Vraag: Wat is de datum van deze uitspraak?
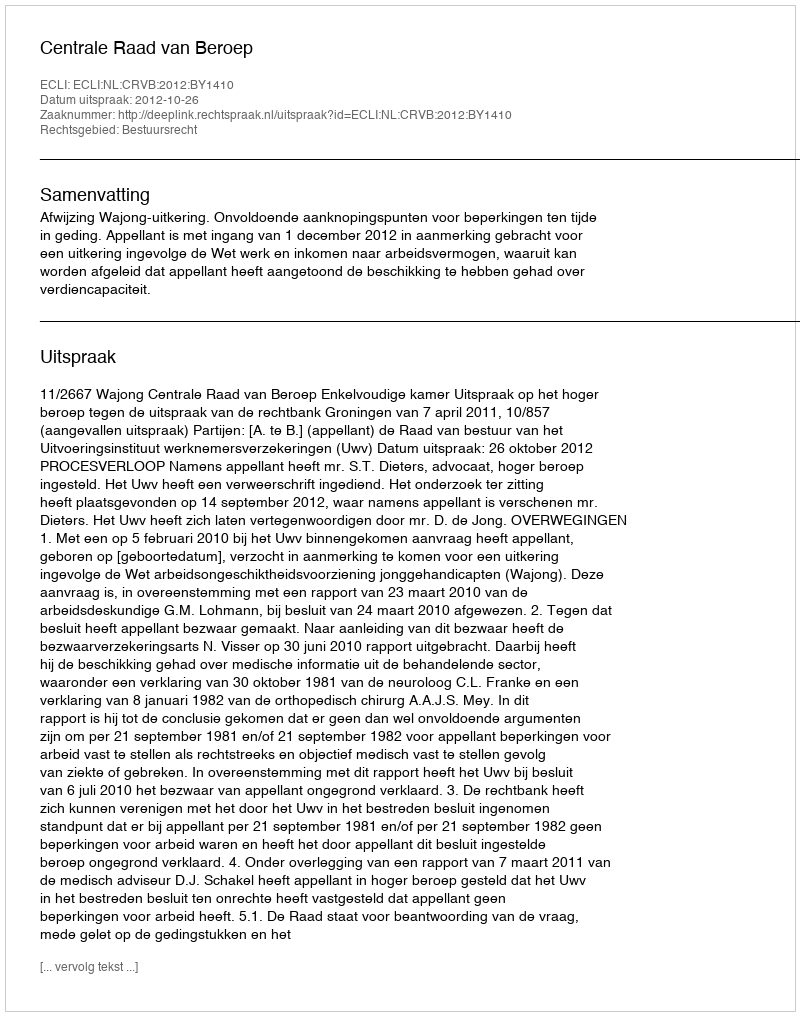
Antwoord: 2012-10-26